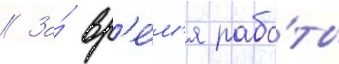
// За́ вр'е́м'я рабо́ты